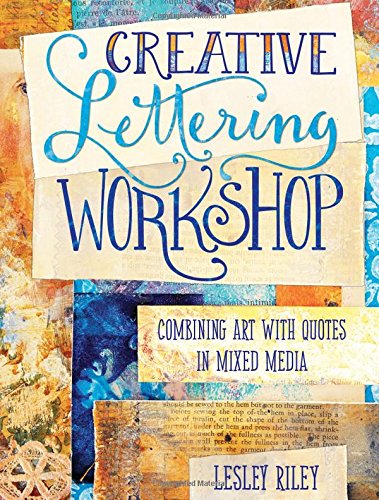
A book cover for Creative Lettering Workshop: Combining Art with Quotes in Mixed Media; Lesley Riley; Crafts, Hobbies & Home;